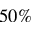
5 0 \%